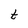
Character: t